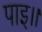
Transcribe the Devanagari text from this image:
पाइ।।